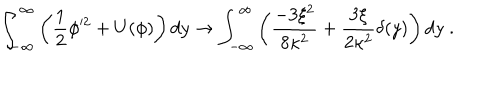
\int _ { - \infty } ^ { \infty } \left( \frac { 1 } { 2 } \phi ^ { 2 } + U ( \phi ) \right) d y \rightarrow \int _ { - \infty } ^ { \infty } \left( \frac { - 3 \xi ^ { 2 } } { 8 \kappa ^ { 2 } } + \frac { 3 \xi } { 2 \kappa ^ { 2 } } \delta ( y ) \right) d y \; .